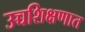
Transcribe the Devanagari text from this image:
उच्चशिक्षणात